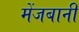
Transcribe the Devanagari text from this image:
मेंजबानी